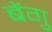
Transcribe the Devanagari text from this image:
बेंगु